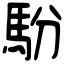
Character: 䭻